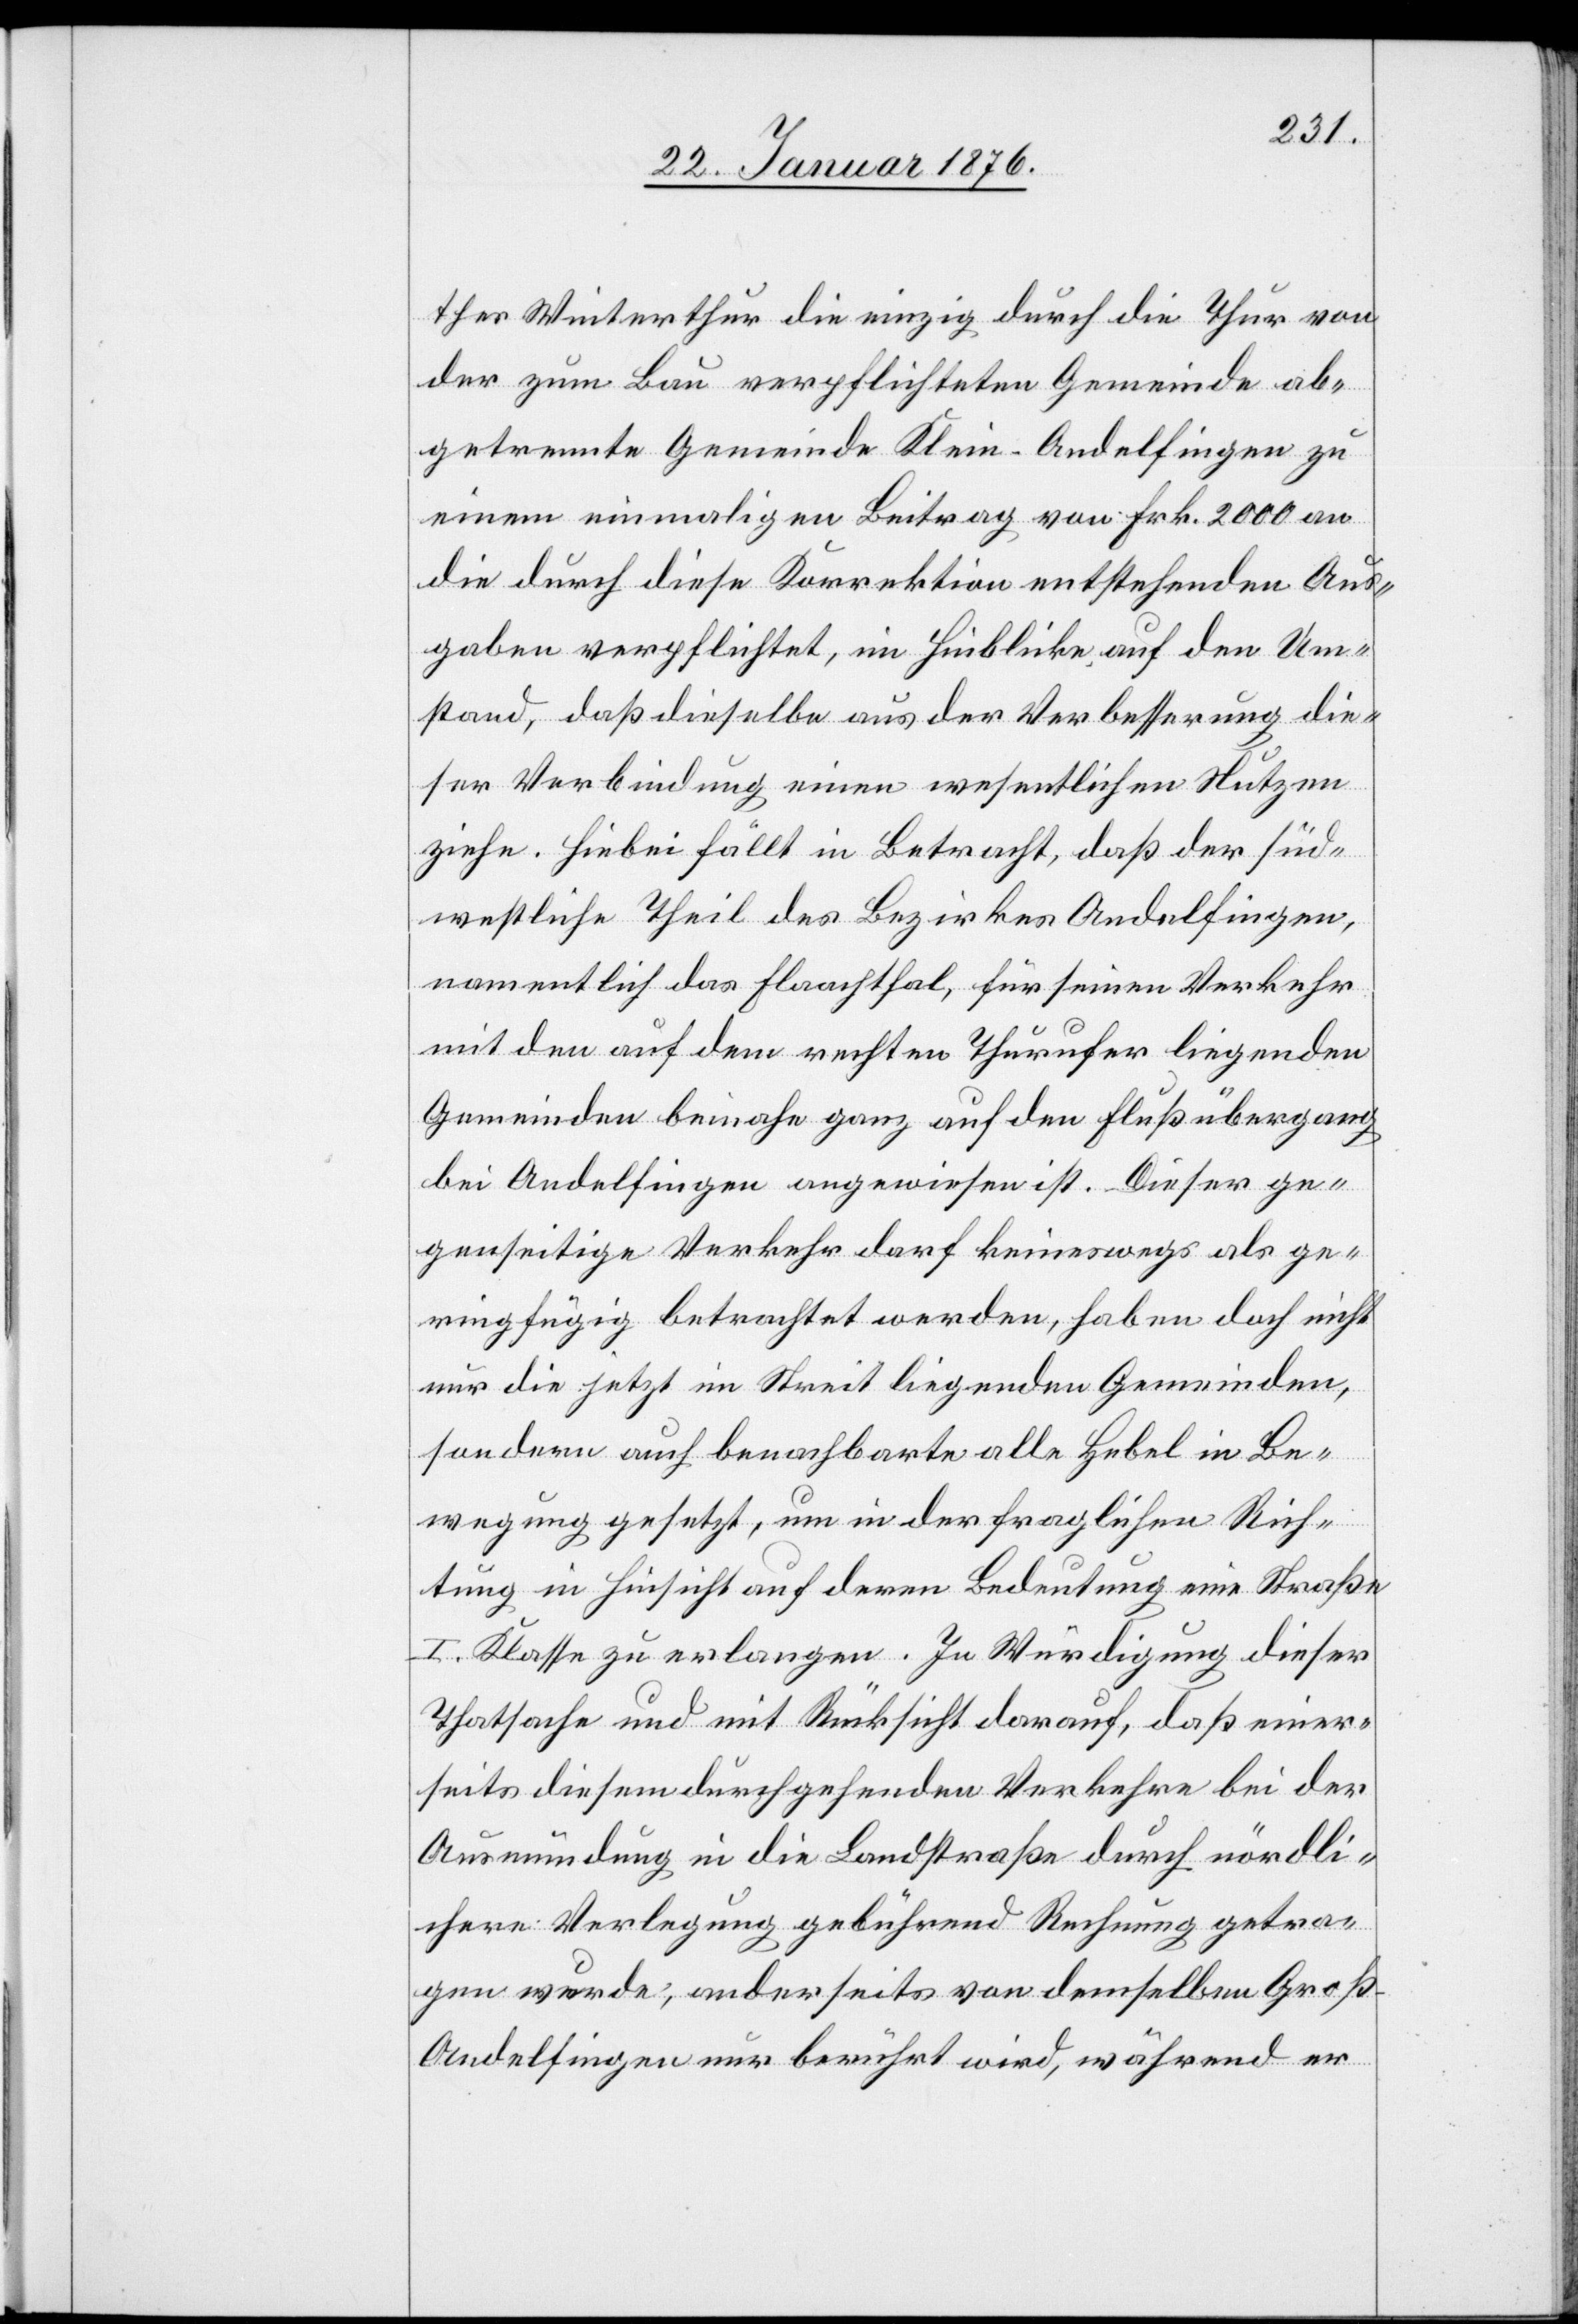
thes Winterthur die einzig durch die Thur von
der zum Bau verpflichteten Gemeinde ab¬
getrennte Gemeinde Klein-Andelfingen zu
einem einmaligen Beitrag von Frk. 2000 an
die durch diese Korrektion entstehenden Aus¬
gaben verpflichtet, im Hinblicke auf den Um¬
stand, daß dieselbe aus der Verbesserung die¬
ser Verbindung einen wesentlichen Nutzen
ziehe. Hiebei fällt in Betracht, daß der süd¬
westliche Theil des Bezirkes Andelfingen,
namentlich das Flaachthal, für seinen Verkehr
mit den auf dem rechten Thurufer liegenden
Gemeinden beinahe ganz auf den Flußübergang
bei Andelfingen angewiesen ist. Dieser ge¬
genseitige Verkehr darf keineswegs als ge¬
ringfügig betrachtet werden, haben doch nicht
nur die jetzt im Streit liegenden Gemeinden,
sondern auch benachbarte alle Hebel in Be¬
wegung gesetzt, um in der fraglichen Rich¬
tung in Hinsicht auf deren Bedeutung eine Straße
I. Klasse zu erlangen. In Würdigung dieser
Thatsache und mit Rücksicht darauf, daß einer¬
seits diesem durchgehenden Verkehre bei der
Ausmündung in die Landstraße durch nördli¬
chere Verlegung gebührend Rechnung getra¬
gen wurde; anderseits von demselben Groß-A¬
ndelfingen nur berührt wird, während er